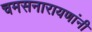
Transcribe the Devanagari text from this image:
चमसनारायणांनी